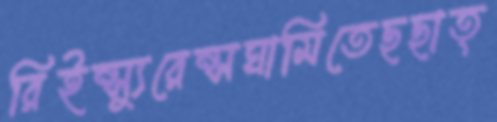
রিইন্স্যুরেন্সঘামিতেছছাত্